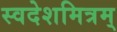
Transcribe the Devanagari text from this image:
स्वदेशमित्रम्